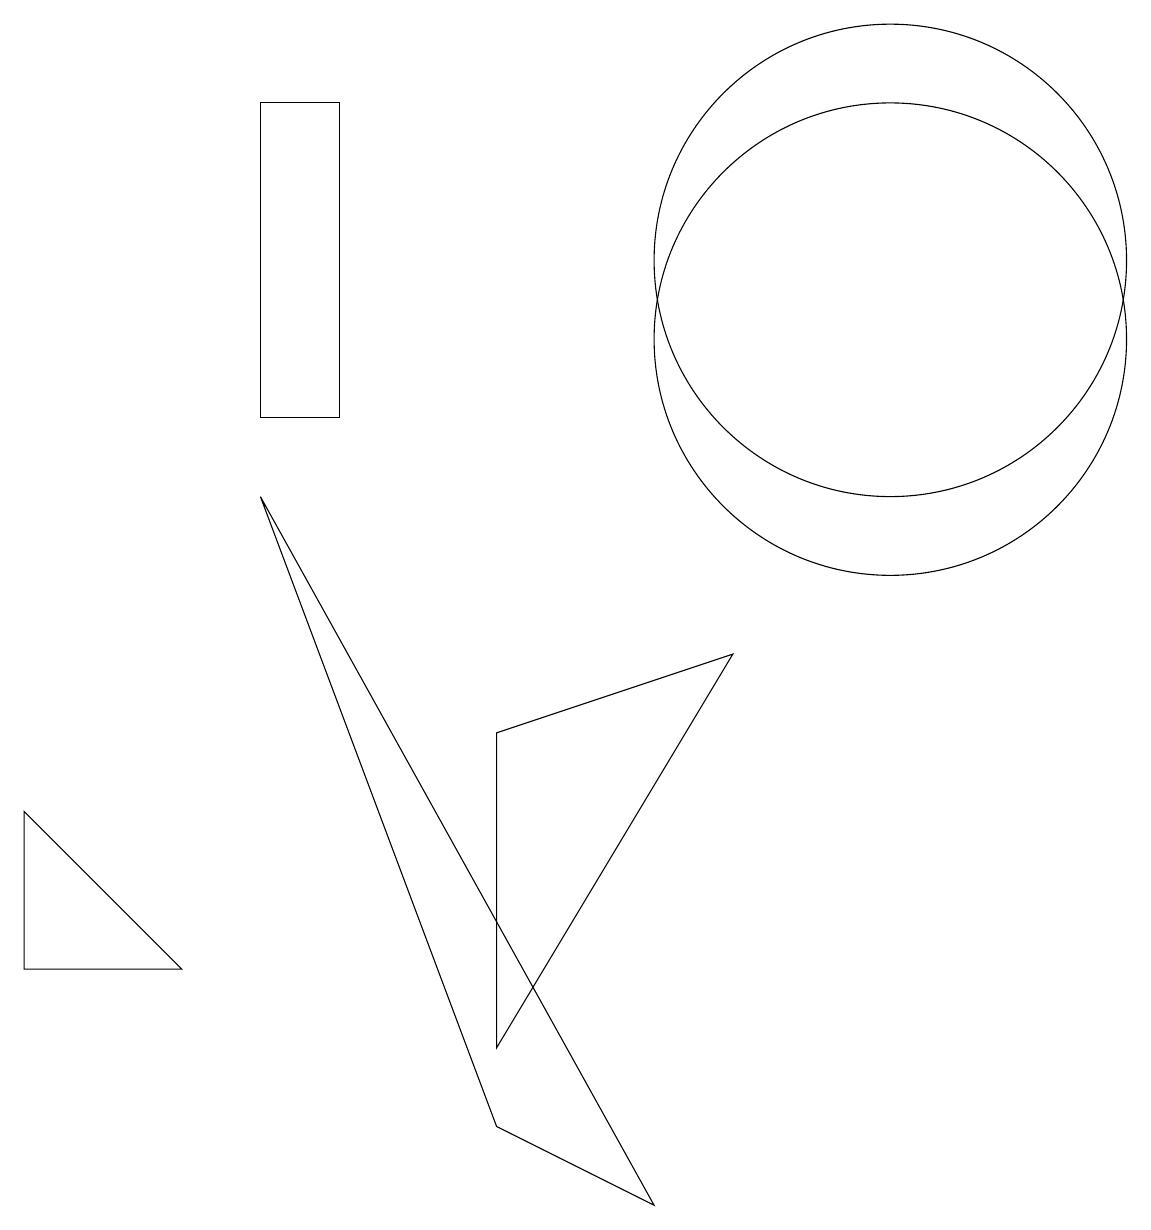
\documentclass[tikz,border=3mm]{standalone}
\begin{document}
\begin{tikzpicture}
\draw (0,3) -- (0,5) -- (2,3) -- cycle;
\draw (6,6) -- (6,2) -- (9,7) -- cycle;
\draw (11,12) circle (3);
\draw (3,9) -- (6,1) -- (8,0) -- cycle;
\draw (11,11) circle (3);
\draw (3,10) rectangle (4,14);
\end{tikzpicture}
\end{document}